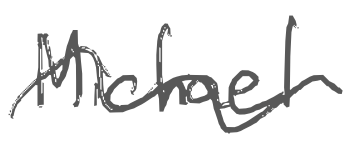
Text: Michael
Cross-out: wave
Writing tool: digital_gray